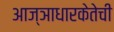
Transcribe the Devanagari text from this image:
आज्ञाधारकेतेची